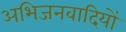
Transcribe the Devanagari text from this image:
अभिजनवादियों